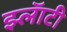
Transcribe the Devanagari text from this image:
झ्लॅाटी